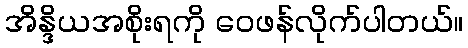
အိန္ဒိယအစိုးရကို ဝေဖန်လိုက်ပါတယ်။